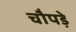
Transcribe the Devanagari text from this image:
चौपड़े